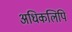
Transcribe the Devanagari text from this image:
अधिकलिपि